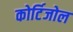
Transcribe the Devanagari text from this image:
कोर्टिजोल